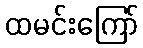
ထမင်းကြော်